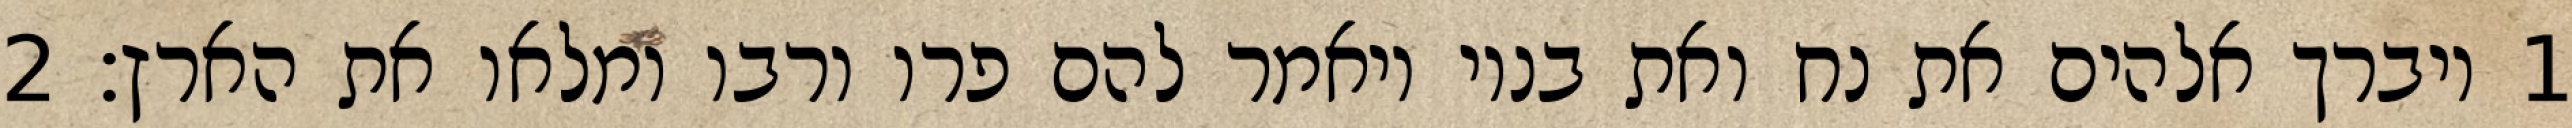
1 ויברך אלהים את נח ואת בניו ויאמר להם פרו ורבו ומלאו את הארץ׃ ‎2‏